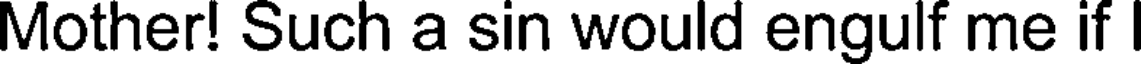
Mother! Such a sin would engulf me if